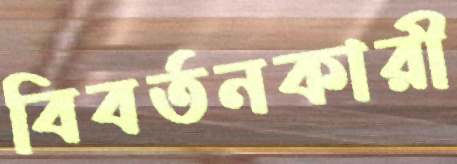
বিবর্তনকারী